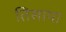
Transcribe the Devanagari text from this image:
तिसाया